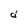
Character: d